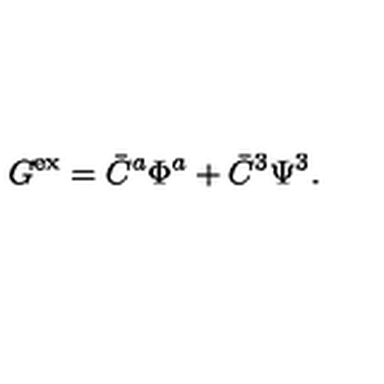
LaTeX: G ^ { \mathrm { e x } } = \bar { C } ^ { a } \Phi ^ { a } + \bar { C } ^ { 3 } \Psi ^ { 3 } .